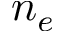
n _ { e }